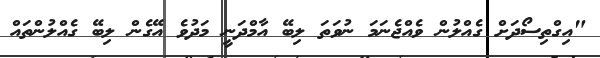
"އިގްތިސޯދަށް ގެއްލުން ވެއްޖެނަމަ ނުވަތަ ލިބޭ އާމްދަނީ މަދުވެ އޭގެން ލިބޭ ގެއްލުންތައް